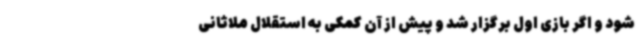
شود و اگر بازی اول برگزار شد و پیش از آن کمکی به استقلال ملاثانی